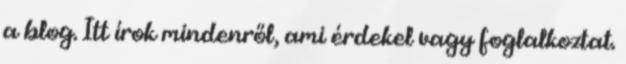
a blog. Itt írok mindenről, ami érdekel vagy foglalkoztat.